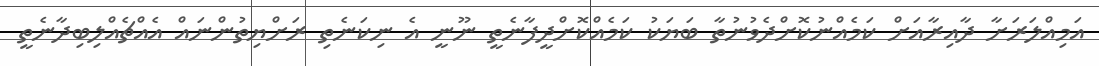
އަމިއްލަރަށާ ދާއިރާއަށް ކަމެއްނުކޮށްދެވުނުތާ ބަޔަކު ކަމެއްކޮށްދީފާނެތީ ނޫނީ އެ ނިކަނެތި ރަށްޔިތުންނައް އެއްޗެއްލިބިދާނެތީ